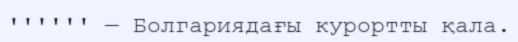
'''''' — Болгариядағы курортты қала.